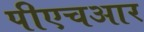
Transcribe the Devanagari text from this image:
पीएचआर